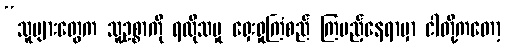
“သူများတွေက သူ့ဥစ္စာကို ရလိုသမှု ရှေးရှုကြံစည် ကြမည့်နေရာမှာ ငါတို့ကတော့